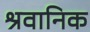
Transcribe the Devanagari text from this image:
श्रवानिक